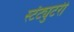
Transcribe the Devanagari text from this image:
स्टॅट्युटरी